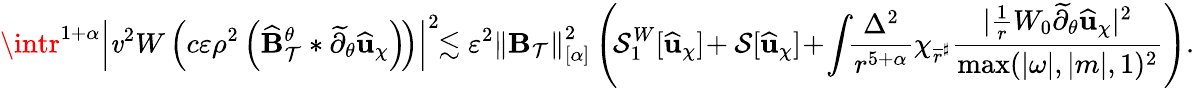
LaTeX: \intr^{1+\alpha}\left|\mathit{v}^{2}W\left(c\varepsilon\rho^{2}\left(\widehat{{\mathbf{{B}}}}_{\mathcal{{T}}}^{\theta}*\widetilde{{\partial}}_{\theta}\widehat{{\mathbf{{u}}}}_{\chi}\right)\! \right)\right|^{2}\! \! \lesssim\varepsilon^{2}\left\lVert\mathbf{{B}}_{\mathcal{{T}}}\right\rVert_{[\alpha]}^{2}\left(\! \mathcal{{S}}_{1}^{W}[\widehat{{\mathbf{{u}}}}_{\chi}]\! +\mathcal{{S}}[\widehat{{\mathbf{{u}}}}_{\chi}]\! +\! \int\! \! \frac{{\Delta^{2}}}{{r^{5+\alpha}}}\chi_{\overline{{{r}}}^{\sharp}}\frac{{|\frac{{1}}{{r}}W_{0}\widetilde{{\partial}}_{\theta}\widehat{{\mathbf{{u}}}}_{\chi}|^{2}}}{{\operatorname*{max}(|\omega|,|m|,1)^{2}}}\right).